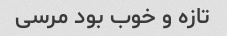
تازه و خوب بود مرسی